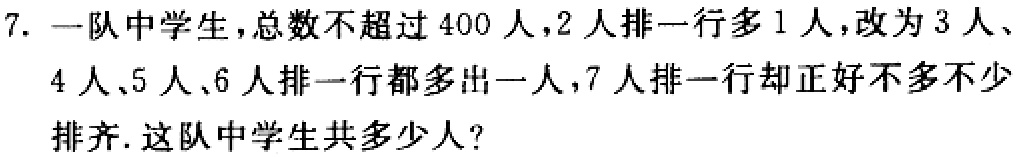
7. 一队中学生，总数不超过400人，2人排一行多1人，改为3人、4人、5人、6人排一行都多出一人，7人排一行却正好不多不少排齐. 这队中学生共多少人？